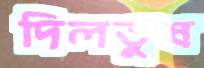
দিলতুষ